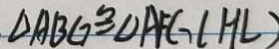
\Delta A B G \cong \Delta A F G ( H L )